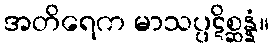
အတိရေက မာသပ္ပဋိစ္ဆန္နံ။